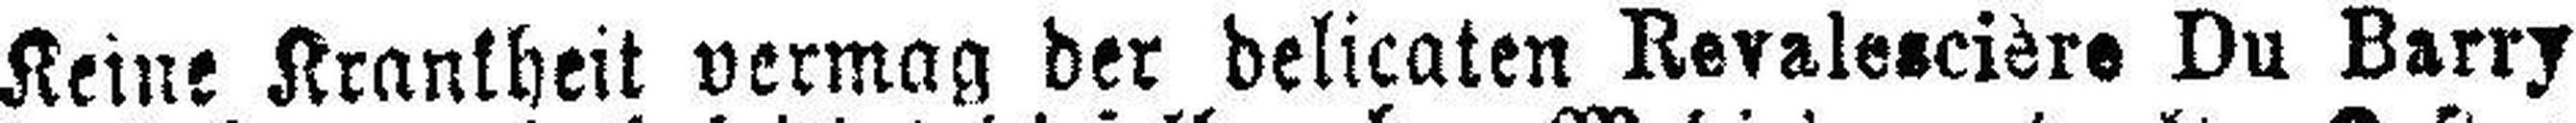
Keine Krankheit vermag der delicaten Revalescière Du Barry